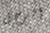
الرجل